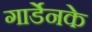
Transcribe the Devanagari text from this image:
गार्डेनके